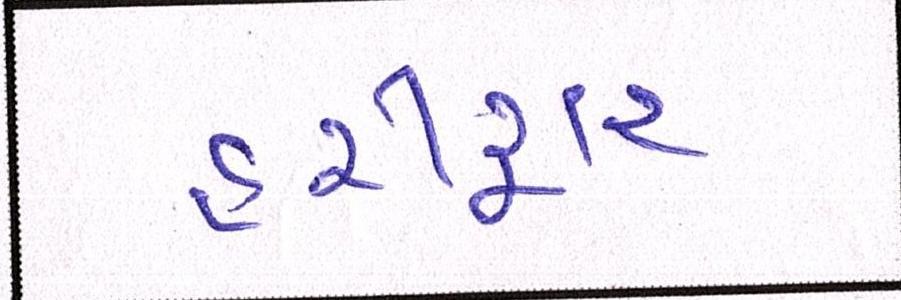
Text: હરીદ્વાર